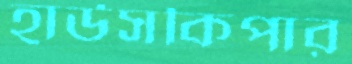
হাউসকিপার